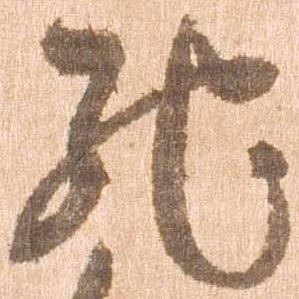
馳